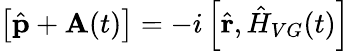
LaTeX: \left[\hat{\textbf{p}}+\textbf{A}(t)\right]=-i\left[\hat{\textbf{r}},\hat{H}_{VG}(t)\right]